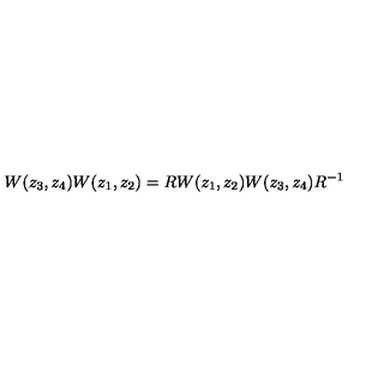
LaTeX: W ( z _ { 3 } , z _ { 4 } ) W ( z _ { 1 } , z _ { 2 } ) = R W ( z _ { 1 } , z _ { 2 } ) W ( z _ { 3 } , z _ { 4 } ) R ^ { - 1 }